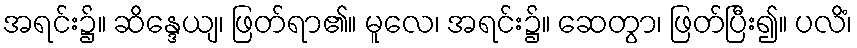
အရင်း၌။ ဆိန္ဒေယျ၊ ဖြတ်ရာ၏။ မူလေ၊ အရင်း၌။ ဆေတွာ၊ ဖြတ်ပြီး၍။ ပလိံ၊